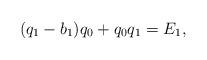
LaTeX: \begin{align*} (q_1-b_1)q_0+q_0q_1=E_1, \end{align*}